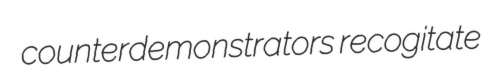
counterdemonstrators recogitate